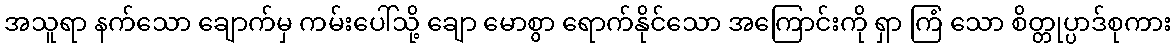
အသူရာ နက်သော ချောက်မှ ကမ်းပေါ်သို့ ချော မောစွာ ရောက်နိုင်သော အကြောင်းကို ရှာ ကြံ သော စိတ္တုပ္ပာဒ်စုကား